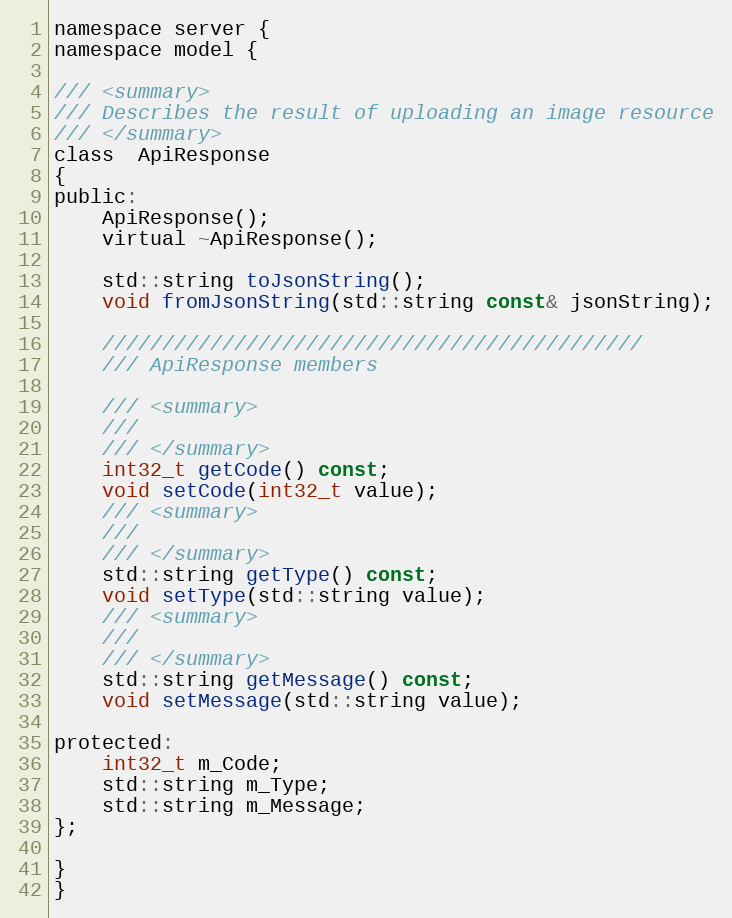
Language: C
namespace server {
namespace model {

/// <summary>
/// Describes the result of uploading an image resource
/// </summary>
class  ApiResponse
{
public:
    ApiResponse();
    virtual ~ApiResponse();

    std::string toJsonString();
    void fromJsonString(std::string const& jsonString);

    /////////////////////////////////////////////
    /// ApiResponse members

    /// <summary>
    ///
    /// </summary>
    int32_t getCode() const;
    void setCode(int32_t value);
    /// <summary>
    ///
    /// </summary>
    std::string getType() const;
    void setType(std::string value);
    /// <summary>
    ///
    /// </summary>
    std::string getMessage() const;
    void setMessage(std::string value);

protected:
    int32_t m_Code;
    std::string m_Type;
    std::string m_Message;
};

}
}